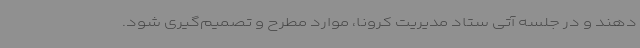
دهند و در جلسه آتی ستاد مدیریت کرونا، موارد مطرح و تصمیم‌گیری شود.